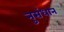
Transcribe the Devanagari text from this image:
नुसंधान